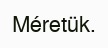
Méretük.